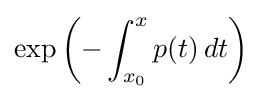
\exp \left(-\int _{x_{0}}^{x}p(t)\,dt\right)